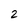
Character: 2